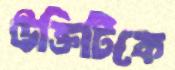
উক্তিটিকে